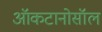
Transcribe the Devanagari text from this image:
ऑकटानोसॉल